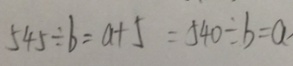
5 4 5 \div b = a + 5 = 5 4 0 \div b = a